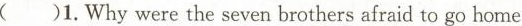
( )1.Why were the seven brothers afraid to go home